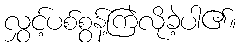
လွှင့်ပစ်စွန့်ကြဲလိုခဲ့ပါ၏။